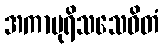
အကာပုရိသသေဝိတံ